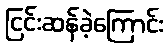
ငြင်းဆန်ခဲ့ကြောင်း